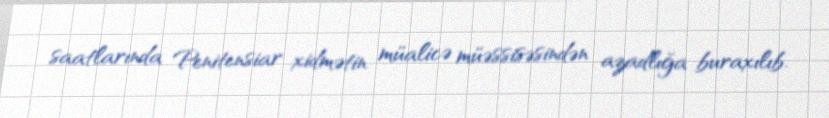
saatlarında Penitensiar xidmətin müalicə müəssisəsindən azadlığa buraxılıb.